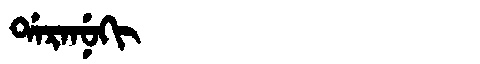
Manchu: ᡩᠠᡵᠠᠨᡠᡴᡳ
Romanization: DARANUKI